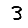
Digit: 3